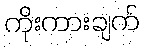
ကိုးကားချက်